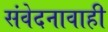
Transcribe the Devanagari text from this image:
संवेदनावाही